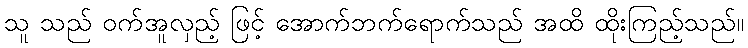
သူ သည် ဝက်အူလှည့် ဖြင့် အောက်ဘက်ရောက်သည် အထိ ထိုးကြည့်သည်။